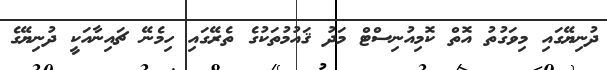
ދުނިޔޭގައި މިވަގުތު އޮތް ކޮމިއުނިސްޓް މަދު ޤައުމުތަކުގެ ތެރޭގައި ހިމެނޭ ޗައިނާއަކީ ދުނިޔޭގެ